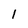
Character: 1